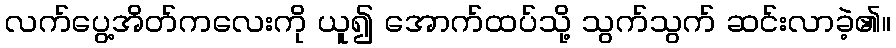
လက်ပွေ့အိတ်ကလေးကို ယူ၍ အောက်ထပ်သို့ သွက်သွက် ဆင်းလာခဲ့၏။